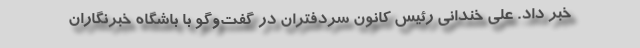
خبر داد. علی خندانی رئیس کانون سردفتران در گفت‌وگو با باشگاه خبرنگاران